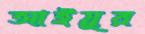
আইয়ুর